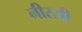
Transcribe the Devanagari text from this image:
नीरसी